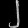
Digit: ၂